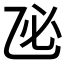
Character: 𢖮